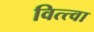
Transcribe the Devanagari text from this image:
वित्त्वा